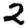
Digit: 2